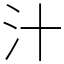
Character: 汁